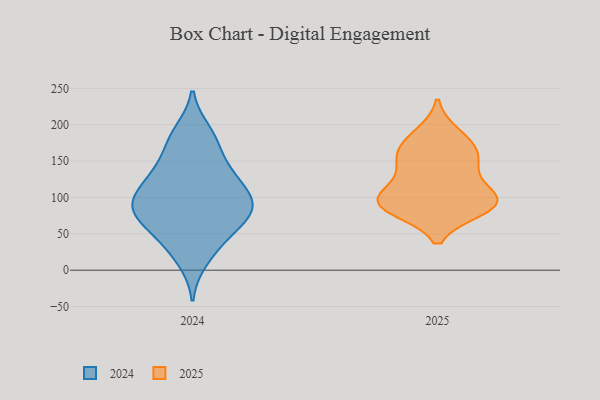
{"axis": {"x": "Population (Million)", "y": "Value"}, "legend": ["2024", "2025"], "data": [{"x": "", "y": 88, "type": "2025"}, {"x": "", "y": 96, "type": "2025"}, {"x": "", "y": 160, "type": "2025"}, {"x": "", "y": 158, "type": "2025"}, {"x": "", "y": 102, "type": "2025"}, {"x": "", "y": 146, "type": "2025"}, {"x": "", "y": 102, "type": "2025"}, {"x": "", "y": 187, "type": "2025"}, {"x": "", "y": 84, "type": "2025"}, {"x": "", "y": 90, "type": "2025"}, {"x": "", "y": 177, "type": "2025"}, {"x": "", "y": 90, "type": "2025"}, {"x": "", "y": 133, "type": "2025"}, {"x": "", "y": 190, "type": "2024"}, {"x": "", "y": 139, "type": "2024"}, {"x": "", "y": 140, "type": "2024"}, {"x": "", "y": 14, "type": "2024"}, {"x": "", "y": 173, "type": "2024"}, {"x": "", "y": 121, "type": "2024"}, {"x": "", "y": 89, "type": "2024"}, {"x": "", "y": 70, "type": "2024"}, {"x": "", "y": 96, "type": "2024"}, {"x": "", "y": 79, "type": "2024"}, {"x": "", "y": 42, "type": "2024"}, {"x": "", "y": 105, "type": "2024"}, {"x": "", "y": 79, "type": "2024"}, {"x": "", "y": 82, "type": "2024"}, {"x": "", "y": 98, "type": "2024"}, {"x": "", "y": 35, "type": "2024"}, {"x": "", "y": 182, "type": "2024"}, {"x": "", "y": 63, "type": "2024"}, {"x": "", "y": 127, "type": "2024"}]}